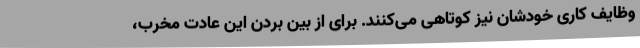
وظایف کاری خودشان نیز کوتاهی می‌کنند. برای از بین بردن این عادت مخرب،